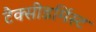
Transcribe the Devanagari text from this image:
टैक्सीडर्मिस्ट